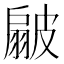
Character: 𭠊